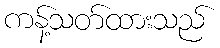
ကန့်သတ်ထားသည်